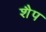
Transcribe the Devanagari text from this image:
शैप